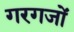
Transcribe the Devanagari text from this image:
गरगजों